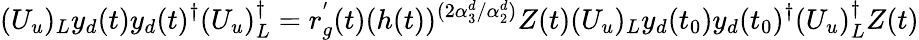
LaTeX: (U_{u})_{L}y_{d}(t)y_{d}(t)^{\dagger}(U_{u})_{L}^{\dagger}=r_{g}^{'}(t)(h(t))^{(2\alpha_{3}^{d}/\alpha_{2}^{d})}Z(t)(U_{u})_{L}y_{d}(t_{0})y_{d}(t_{0})^{\dagger}(U_{u})_{L}^{\dagger}Z(t)